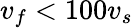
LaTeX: v_{f}<100v_{s}